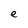
Character: e